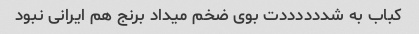
کباب به شددددددت بوی ضخم میداد برنج هم ایرانی نبود